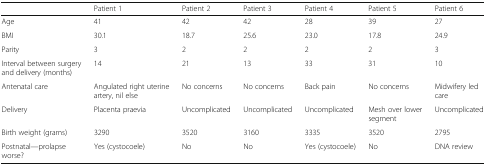
<table><thead><tr><td></td><td><b>Patient 1</b></td><td><b>Patient 2</b></td><td><b>Patient 3</b></td><td><b>Patient 4</b></td><td><b>Patient 5</b></td><td><b>Patient 6</b></td></tr></thead><tbody><tr><td>Age</td><td>41</td><td>42</td><td>42</td><td>28</td><td>39</td><td>27</td></tr><tr><td>BMI</td><td>30.1</td><td>18.7</td><td>25.6</td><td>23.0</td><td>17.8</td><td>24.9</td></tr><tr><td>Parity</td><td>3</td><td>2</td><td>2</td><td>2</td><td>2</td><td>3</td></tr><tr><td>Interval between surgery and delivery (months)</td><td>14</td><td>21</td><td>13</td><td>33</td><td>31</td><td>10</td></tr><tr><td>Antenatal care</td><td>Angulated right uterine artery, nil else</td><td>No concerns</td><td>No concerns</td><td>Back pain</td><td>No concerns</td><td>Midwifery led care</td></tr><tr><td>Delivery</td><td>Placenta praevia</td><td>Uncomplicated</td><td>Uncomplicated</td><td>Uncomplicated</td><td>Mesh over lower segment</td><td>Uncomplicated</td></tr><tr><td>Birth weight (grams)</td><td>3290</td><td>3520</td><td>3160</td><td>3335</td><td>3520</td><td>2795</td></tr><tr><td>Postnatal—prolapse worse?</td><td>Yes (cystocoele)</td><td>No</td><td>No</td><td>Yes (cystocoele)</td><td>No</td><td>DNA review</td></tr></tbody></table>